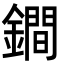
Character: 鐧